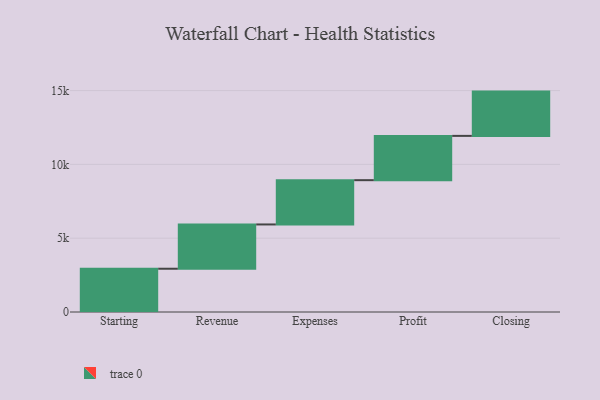
{"axis": {"x": "Step", "y": "Value"}, "legend": [""], "data": [{"x": "Starting", "y": 2931.0, "type": ""}, {"x": "Revenue", "y": 3000, "type": ""}, {"x": "Expenses", "y": 3000, "type": ""}, {"x": "Profit", "y": 3000, "type": ""}, {"x": "Closing", "y": 3000, "type": ""}]}